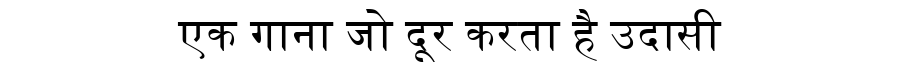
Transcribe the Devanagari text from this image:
एक गाना जो दूर करता है उदासी